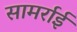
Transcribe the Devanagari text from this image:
सामर्राई